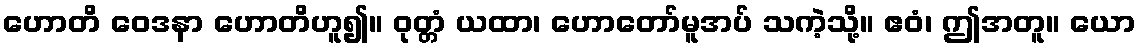
ဟောတိ ဝေဒနာ ဟောတိဟူ၍။ ဝုတ္တံ ယထာ၊ ဟောတော်မူအပ် သကဲ့သို့။ ဧဝံ၊ ဤအတူ။ ယော